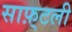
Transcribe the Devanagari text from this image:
साफ़्टली